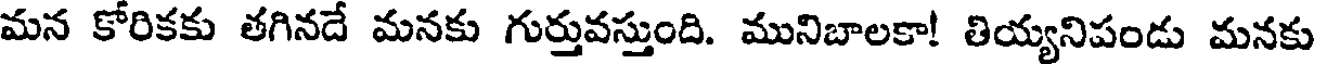
మన కోరికకు తగినదే మనకు గుర్తువస్తుంది. మునిబాలకా! తియ్యనిపండు మనకు